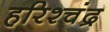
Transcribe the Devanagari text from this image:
हरिश्चंद्र